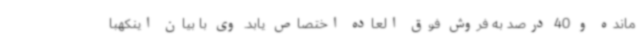
مانده و 40 درصد به فروش فوق العاده اختصاص یابد. وی با بیان اینکهبا